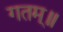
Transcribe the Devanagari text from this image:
गतम्॥